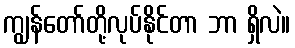
ကျွန်တော်တို့လုပ်နိုင်တာ ဘာ ရှိလဲ။